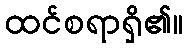
ထင်စရာရှိ၏။